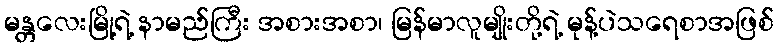
မန္တလေးမြို့ရဲ့ နာမည်ကြီး အစားအစာ၊ မြန်မာလူမျိုးတို့ရဲ့ မုန့်ပဲသရေစာအဖြစ်